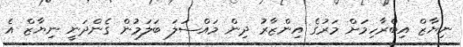
ނިޔާޒް އިބްރާހިމަށް މަރުގެ އިންޒާރު ދިން މައްސަލަ ބަލަމުން ގެންދަނީ ނިޔާޒް އެ